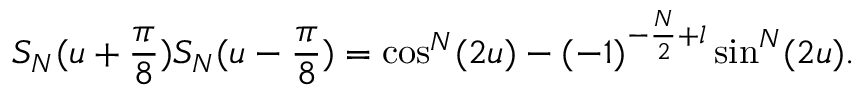
S _ { N } ( u + \frac { \pi } { 8 } ) S _ { N } ( u - \frac { \pi } { 8 } ) = \cos ^ { N } ( 2 u ) - ( - 1 ) ^ { - \frac { N } { 2 } + l } \sin ^ { N } ( 2 u ) .